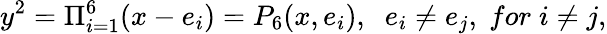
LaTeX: y^{2}=\Pi_{i=1}^{6}(x-e_{i})=P_{6}(x,e_{i}),\; \; e_{i}\neq e_{j},\; for\; i\neq j,